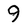
Character: 9